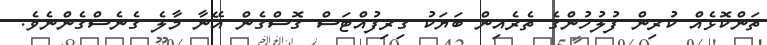
ތަންކޮޅެއް ކުރިން ފުލުހުންގެ ތެރެއިން ބަޔަކު ގިރިފުއްޓަސް ގޮސްގެން އޭނާ މާލެ ގެނެސްގެންނެވެ.